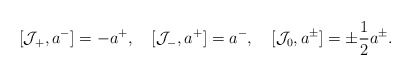
\begin{align*}[{\cal J}_+,a^-]=-a^+,\quad[{\cal J}_-,a^+]=a^-,\quad[{\cal J}_0,a^\pm]=\pm\frac{1}{2}a^\pm.\end{align*}